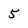
Character: 5